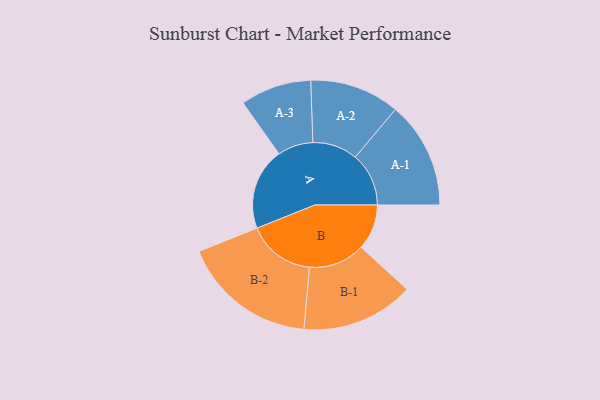
{"axis": {"x": "Segment", "y": "Value"}, "legend": ["", "A", "B"], "data": [{"x": "A", "y": 348, "type": ""}, {"x": "B", "y": 193, "type": ""}, {"x": "A-1", "y": 227, "type": "A"}, {"x": "A-2", "y": 191, "type": "A"}, {"x": "A-3", "y": 151, "type": "A"}, {"x": "B-1", "y": 239, "type": "B"}, {"x": "B-2", "y": 287, "type": "B"}]}